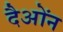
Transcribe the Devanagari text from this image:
दैओंन